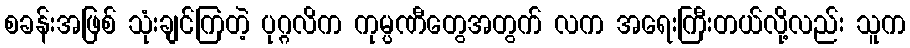
စခန်းအဖြစ် သုံးချင်ကြတဲ့ ပုဂ္ဂလိက ကုမ္ပဏီတွေအတွက် လက အရေးကြီးတယ်လို့လည်း သူက